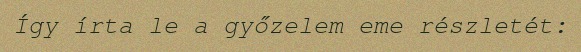
Így írta le a győzelem eme részletét: